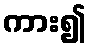
ကား၍